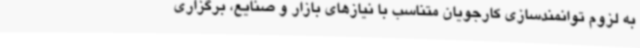
به لزوم توانمندسازی کارجویان متناسب با نیازهای بازار و صنایع، برگزاری